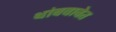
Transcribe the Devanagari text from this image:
थांबवावेत